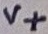
Text: V+